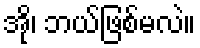
အို၊ ဘယ်ဖြစ်မလဲ။